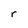
Character: r